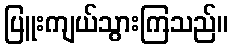
ပြူးကျယ်သွားကြသည်။